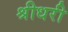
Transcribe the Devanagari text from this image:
श्रीधरी